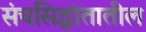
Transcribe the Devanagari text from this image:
संचसिद्धांतातील